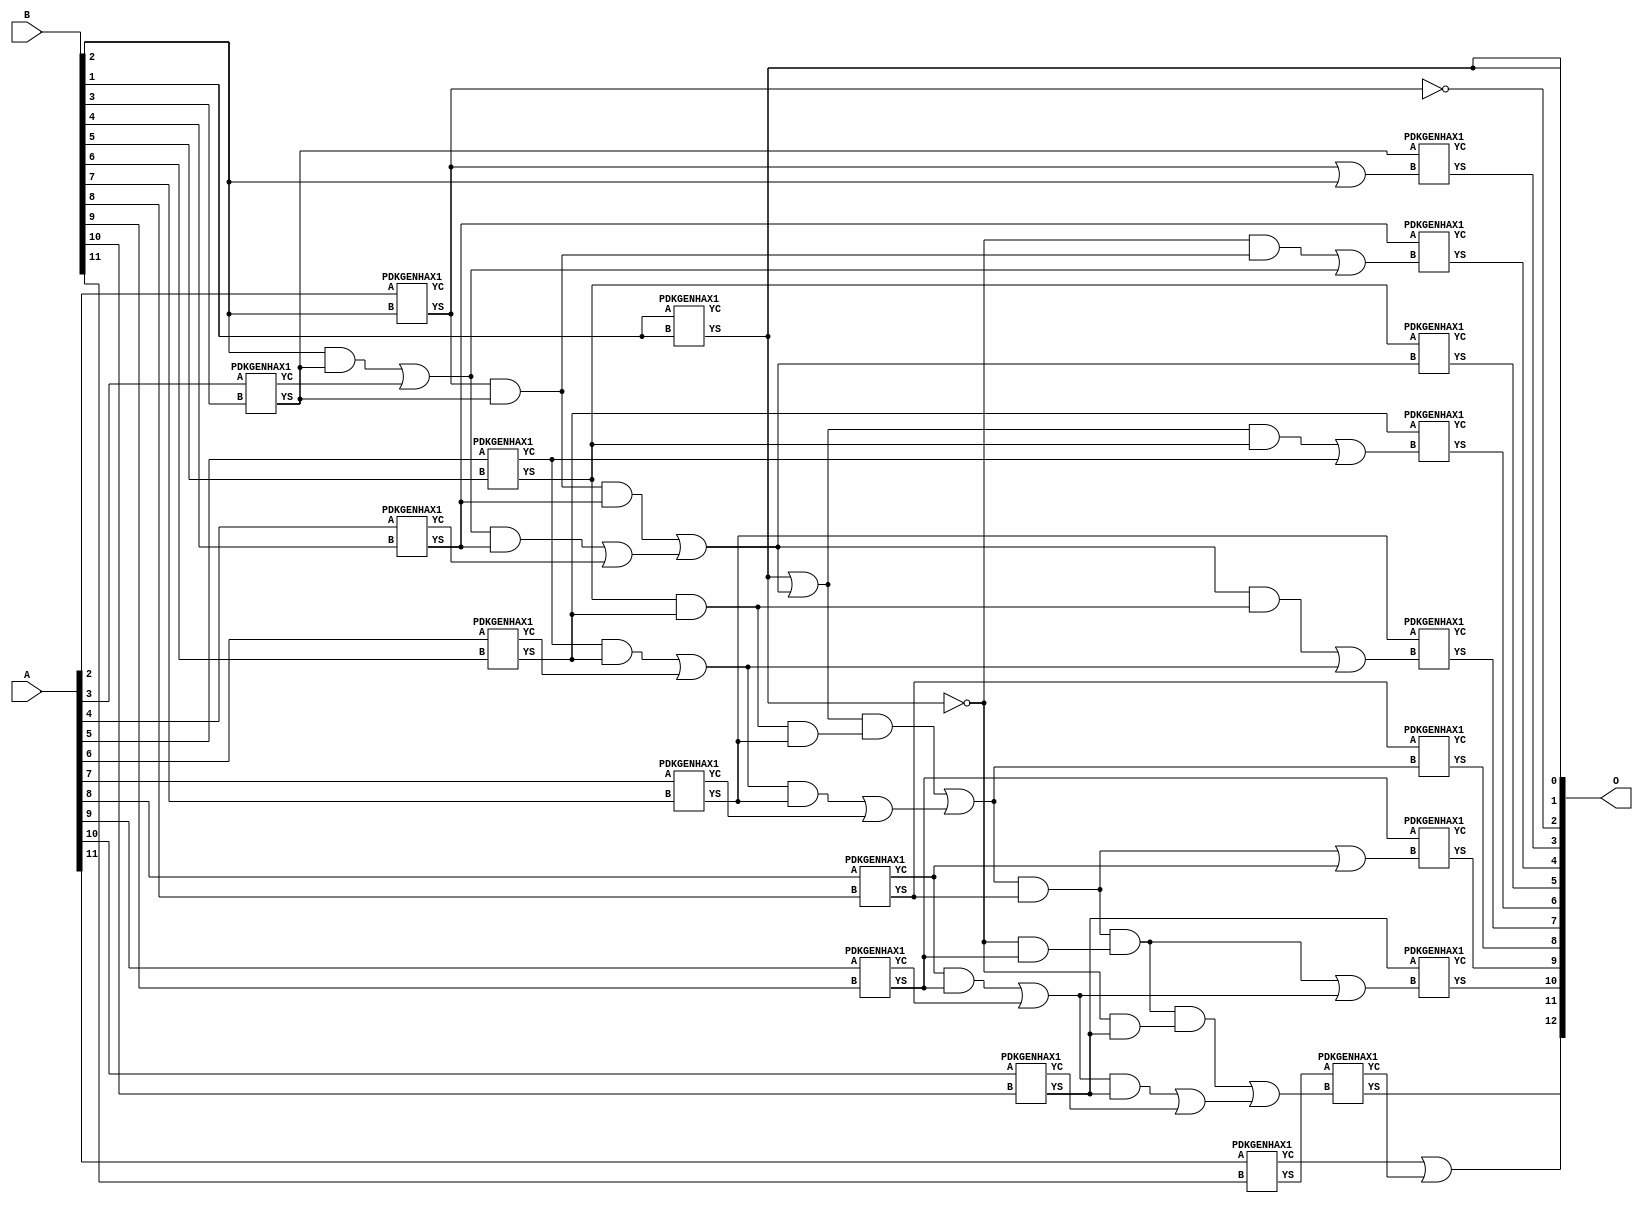
/***
* This code is a part of EvoApproxLib library (ehw.fit.vutbr.cz/approxlib) distributed under The MIT License.
* When used, please cite the following article(s): V. Mrazek, Z. Vasicek and R. Hrbacek, "Role of circuit representation in evolutionary design of energy-efficient approximate circuits" in IET Computers & Digital Techniques, vol. 12, no. 4, pp. 139-149, 7 2018. doi: 10.1049/iet-cdt.2017.0188 
* This file contains a circuit from a sub-set of pareto optimal circuits with respect to the pwr and mae parameters
***/
// MAE% = 0.018 %
// MAE = 1.5 
// WCE% = 0.049 %
// WCE = 4.0 
// WCRE% = 300.00 %
// EP% = 81.25 %
// MRE% = 0.051 %
// MSE = 3.5 
// PDK45_PWR = 0.042 mW
// PDK45_AREA = 88.2 um2
// PDK45_DELAY = 0.80 ns

module add12u_13K(A, B, O);
  input [11:0] A, B;
  output [12:0] O;
  wire n_78, n_254, n_547, n_546, n_702, n_45, n_44, n_47, n_46, n_41;
  wire n_40, n_43, n_42, n_49, n_48, n_380, n_141, n_140, n_670, n_462;
  wire n_816, n_774, n_775, n_400, n_244, n_712, n_713, n_30, n_31, n_32;
  wire n_33, n_34, n_35, n_36, n_37, n_38, n_39, n_817, n_111, n_785;
  wire n_390, n_784, n_150, n_151, n_660, n_494, n_433, n_432, n_836, n_23;
  wire n_22, n_21, n_20, n_27, n_26, n_25, n_24, n_29, n_28, n_806;
  wire n_807, n_556, n_557, n_484, n_121, n_120, n_651, n_650, n_183, n_182;
  wire n_837, n_348, n_307, n_18, n_19, n_16, n_17, n_14, n_15, n_12;
  wire n_13, n_10, n_11, n_98, n_99, n_306, n_525, n_524, n_338, n_130;
  wire n_131, n_826, n_827, n_192, n_193, n_89, n_88, n_732, n_442, n_692;
  wire n_110, n_79, n_297, n_296, n_215, n_214, n_745, n_744, n_505, n_504;
  wire n_276, n_566, n_370, n_680, n_681, n_163, n_162, n_69, n_68, n_66;
  wire n_286, n_598, n_202, n_203, n_754, n_755, n_8, n_9, n_4, n_5;
  wire n_6, n_7, n_0, n_1, n_2, n_3, n_640, n_172, n_796, n_797;
  wire n_765, n_764, n_608;
  assign n_0 = A[0];
  assign n_1 = A[0];
  assign n_2 = A[1];
  assign n_3 = A[1];
  assign n_4 = A[2];
  assign n_5 = A[2];
  assign n_6 = A[3];
  assign n_7 = A[3];
  assign n_8 = A[4];
  assign n_9 = A[4];
  assign n_10 = A[5];
  assign n_11 = A[5];
  assign n_12 = A[6];
  assign n_13 = A[6];
  assign n_14 = A[7];
  assign n_15 = A[7];
  assign n_16 = A[8];
  assign n_17 = A[8];
  assign n_18 = A[9];
  assign n_19 = A[9];
  assign n_20 = A[10];
  assign n_21 = A[10];
  assign n_22 = A[11];
  assign n_23 = A[11];
  assign n_24 = B[0];
  assign n_25 = B[0];
  assign n_26 = B[1];
  assign n_27 = B[1];
  assign n_28 = B[2];
  assign n_29 = B[2];
  assign n_30 = B[3];
  assign n_31 = B[3];
  assign n_32 = B[4];
  assign n_33 = B[4];
  assign n_34 = B[5];
  assign n_35 = B[5];
  assign n_36 = B[6];
  assign n_37 = B[6];
  assign n_38 = B[7];
  assign n_39 = B[7];
  assign n_40 = B[8];
  assign n_41 = B[8];
  assign n_42 = B[9];
  assign n_43 = B[9];
  assign n_44 = B[10];
  assign n_45 = B[10];
  assign n_46 = B[11];
  assign n_47 = B[11];
  PDKGENHAX1 tmp59(.YS(n_48), .YC(n_49), .A(n_26), .B(n_26));
  assign n_66 = ~n_48;
  PDKGENHAX1 tmp61(.YS(n_68), .YC(n_69), .A(n_4), .B(n_28));
  PDKGENHAX1 tmp62(.YS(n_78), .YC(n_79), .A(n_6), .B(n_30));
  PDKGENHAX1 tmp63(.YS(n_88), .YC(n_89), .A(n_8), .B(n_32));
  PDKGENHAX1 tmp64(.YS(n_98), .YC(n_99), .A(n_10), .B(n_34));
  PDKGENHAX1 tmp65(.YS(n_110), .YC(n_111), .A(n_12), .B(n_36));
  PDKGENHAX1 tmp66(.YS(n_120), .YC(n_121), .A(n_14), .B(n_38));
  PDKGENHAX1 tmp67(.YS(n_130), .YC(n_131), .A(n_16), .B(n_40));
  PDKGENHAX1 tmp68(.YS(n_140), .YC(n_141), .A(n_18), .B(n_42));
  PDKGENHAX1 tmp69(.YS(n_150), .YC(n_151), .A(n_20), .B(n_44));
  PDKGENHAX1 tmp70(.YS(n_162), .YC(n_163), .A(n_22), .B(n_46));
  assign n_172 = ~n_66;
  assign n_182 = ~n_172;
  assign n_183 = n_182;
  assign n_192 = n_28 & n_78;
  assign n_193 = n_192;
  assign n_202 = n_193 | n_79;
  assign n_203 = n_202;
  assign n_214 = n_68 & n_78;
  assign n_215 = n_214;
  assign n_244 = n_203 & n_88;
  assign n_254 = n_244 | n_89;
  assign n_276 = n_215 & n_88;
  assign n_286 = n_99 & n_110;
  assign n_296 = n_286 | n_111;
  assign n_297 = n_296;
  assign n_306 = n_98 & n_110;
  assign n_307 = n_306;
  assign n_338 = n_297 & n_120;
  assign n_348 = n_338 | n_121;
  assign n_370 = n_307 & n_120;
  assign n_380 = n_131 & n_140;
  assign n_390 = n_380 | n_141;
  assign n_400 = n_183 & n_140;
  assign n_432 = n_390 & n_150;
  assign n_433 = n_432;
  assign n_442 = n_433 | n_151;
  assign n_462 = n_182 & n_150;
  assign n_484 = n_68 | n_28;
  assign n_494 = n_182 & n_214;
  assign n_504 = n_494 | n_202;
  assign n_505 = n_504;
  assign n_524 = n_276 | n_254;
  assign n_525 = n_524;
  assign n_546 = n_172 | n_525;
  assign n_547 = n_546;
  assign n_556 = n_547 & n_98;
  assign n_557 = n_556;
  assign n_566 = n_557 | n_99;
  assign n_598 = n_524 & n_306;
  assign n_608 = n_598 | n_296;
  assign n_640 = n_546 & n_370;
  assign n_650 = n_640 | n_348;
  assign n_651 = n_650;
  assign n_660 = n_651 & n_130;
  assign n_670 = n_660 | n_131;
  assign n_680 = n_660 & n_400;
  assign n_681 = n_680;
  assign n_692 = n_680 | n_390;
  assign n_702 = n_681 & n_462;
  assign n_712 = n_702 | n_442;
  assign n_713 = n_712;
  assign n_732 = ~n_68;
  PDKGENHAX1 tmp123(.YS(n_744), .YC(n_745), .A(n_78), .B(n_484));
  PDKGENHAX1 tmp124(.YS(n_754), .YC(n_755), .A(n_88), .B(n_505));
  PDKGENHAX1 tmp125(.YS(n_764), .YC(n_765), .A(n_98), .B(n_524));
  PDKGENHAX1 tmp126(.YS(n_774), .YC(n_775), .A(n_110), .B(n_566));
  PDKGENHAX1 tmp127(.YS(n_784), .YC(n_785), .A(n_120), .B(n_608));
  PDKGENHAX1 tmp128(.YS(n_796), .YC(n_797), .A(n_130), .B(n_650));
  PDKGENHAX1 tmp129(.YS(n_806), .YC(n_807), .A(n_140), .B(n_670));
  PDKGENHAX1 tmp130(.YS(n_816), .YC(n_817), .A(n_150), .B(n_692));
  PDKGENHAX1 tmp131(.YS(n_826), .YC(n_827), .A(n_162), .B(n_713));
  assign n_836 = n_163 | n_827;
  assign n_837 = n_836;
  assign O[0] = n_172;
  assign O[1] = n_172;
  assign O[2] = n_732;
  assign O[3] = n_744;
  assign O[4] = n_754;
  assign O[5] = n_764;
  assign O[6] = n_774;
  assign O[7] = n_784;
  assign O[8] = n_796;
  assign O[9] = n_806;
  assign O[10] = n_816;
  assign O[11] = n_826;
  assign O[12] = n_837;
endmodule

/* mod */
module PDKGENHAX1( input A, input B, output YS, output YC );
    assign YS = A ^ B;
    assign YC = A & B;
endmodule